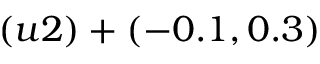
( u 2 ) + ( - 0 . 1 , 0 . 3 )